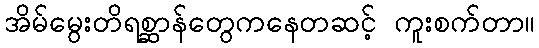
အိမ်မွေးတိရစ္ဆာန်တွေကနေတဆင့် ကူးစက်တာ။